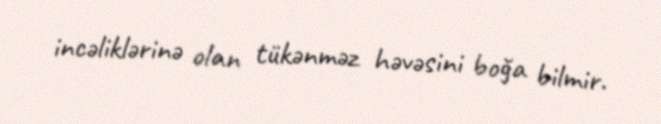
incəliklərinə olan tükənməz həvəsini boğa bilmir.